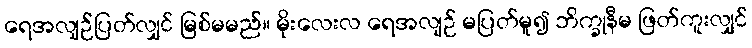
ရေအလျဉ်ပြတ်လျှင် မြစ်မမည်။ မိုးလေးလ ရေအလျဉ် မပြတ်မူ၍ ဘိက္ခုနီမ ဖြတ်ကူးလျှင်